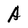
Character: A